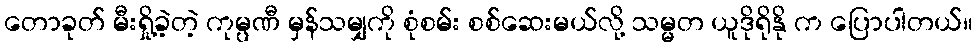
တောခုတ် မီးရှို့ခဲ့တဲ့ ကုမ္ပဏီ မှန်သမျှကို စုံစမ်း စစ်ဆေးမယ်လို့ သမ္မတ ယူဒိုရိုနို က ပြောပါတယ်။